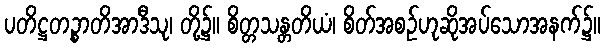
ပတိဋ္ဌတဉ္စာတိအာဒီသု၊ တို့၌။ စိတ္တသန္တတိယံ၊ စိတ်အစဉ်ဟုဆိုအပ်သောအနက်၌။